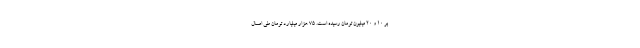
بر ۱۰ و ۲۰ میلیون تومان رسیده است. ۷۵ هزار میلیارد تومان طی امسال